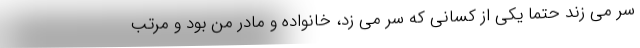
سر می زند حتما یکی از کسانی که سر می زد، خانواده و مادر من بود و مرتب